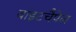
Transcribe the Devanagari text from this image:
वाइटचैपेल